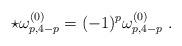
LaTeX: \begin{align*}\star \omega^{(0)}_{p,4-p} = (-1)^p \omega^{(0)}_{p,4-p}\ .\end{align*}